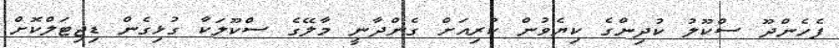
ފެހެންދޫ ސްކޫލު ކުދިންގެ ކިޔެވުން ކުރިއަށް ގެންދާނީ މާލޭގެ ސްކޫލަކާ ގުޅިގެން ޑިޖިޓަލްކޮށް